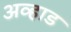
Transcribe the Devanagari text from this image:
अव्हाड